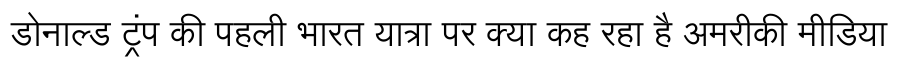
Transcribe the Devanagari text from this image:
डोनाल्ड ट्रंप की पहली भारत यात्रा पर क्या कह रहा है अमरीकी मीडिया